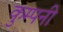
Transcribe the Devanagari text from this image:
कुम्पनी